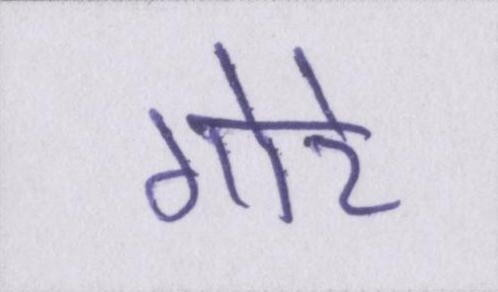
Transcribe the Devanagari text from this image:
गोरे